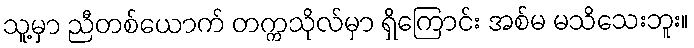
သူ့မှာ ညီတစ်ယောက် တက္ကသိုလ်မှာ ရှိကြောင်း အစ်မ မသိသေးဘူး။